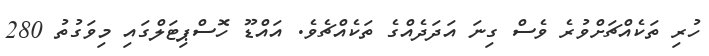
ހުރި ތަކެއްޗަށްވުރެ ވެސް ގިނަ އަދަދެއްގެ ތަކެއްޗެވެ. އައްޑޫ ހޮސްޕިޓަލްގައި މިވަގުތު 280